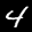
Label: 4